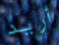
أريد